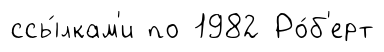
ссы́лкам'и по 1982 Ро́б'ерт